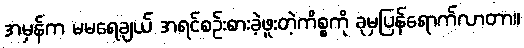
အမှန်က မမရေချယ် အရင်စဉ်းစားခဲ့ဖူးတဲ့ကိစ္စကို ခုမှပြန်ရောက်လာတာ။